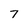
Character: 7